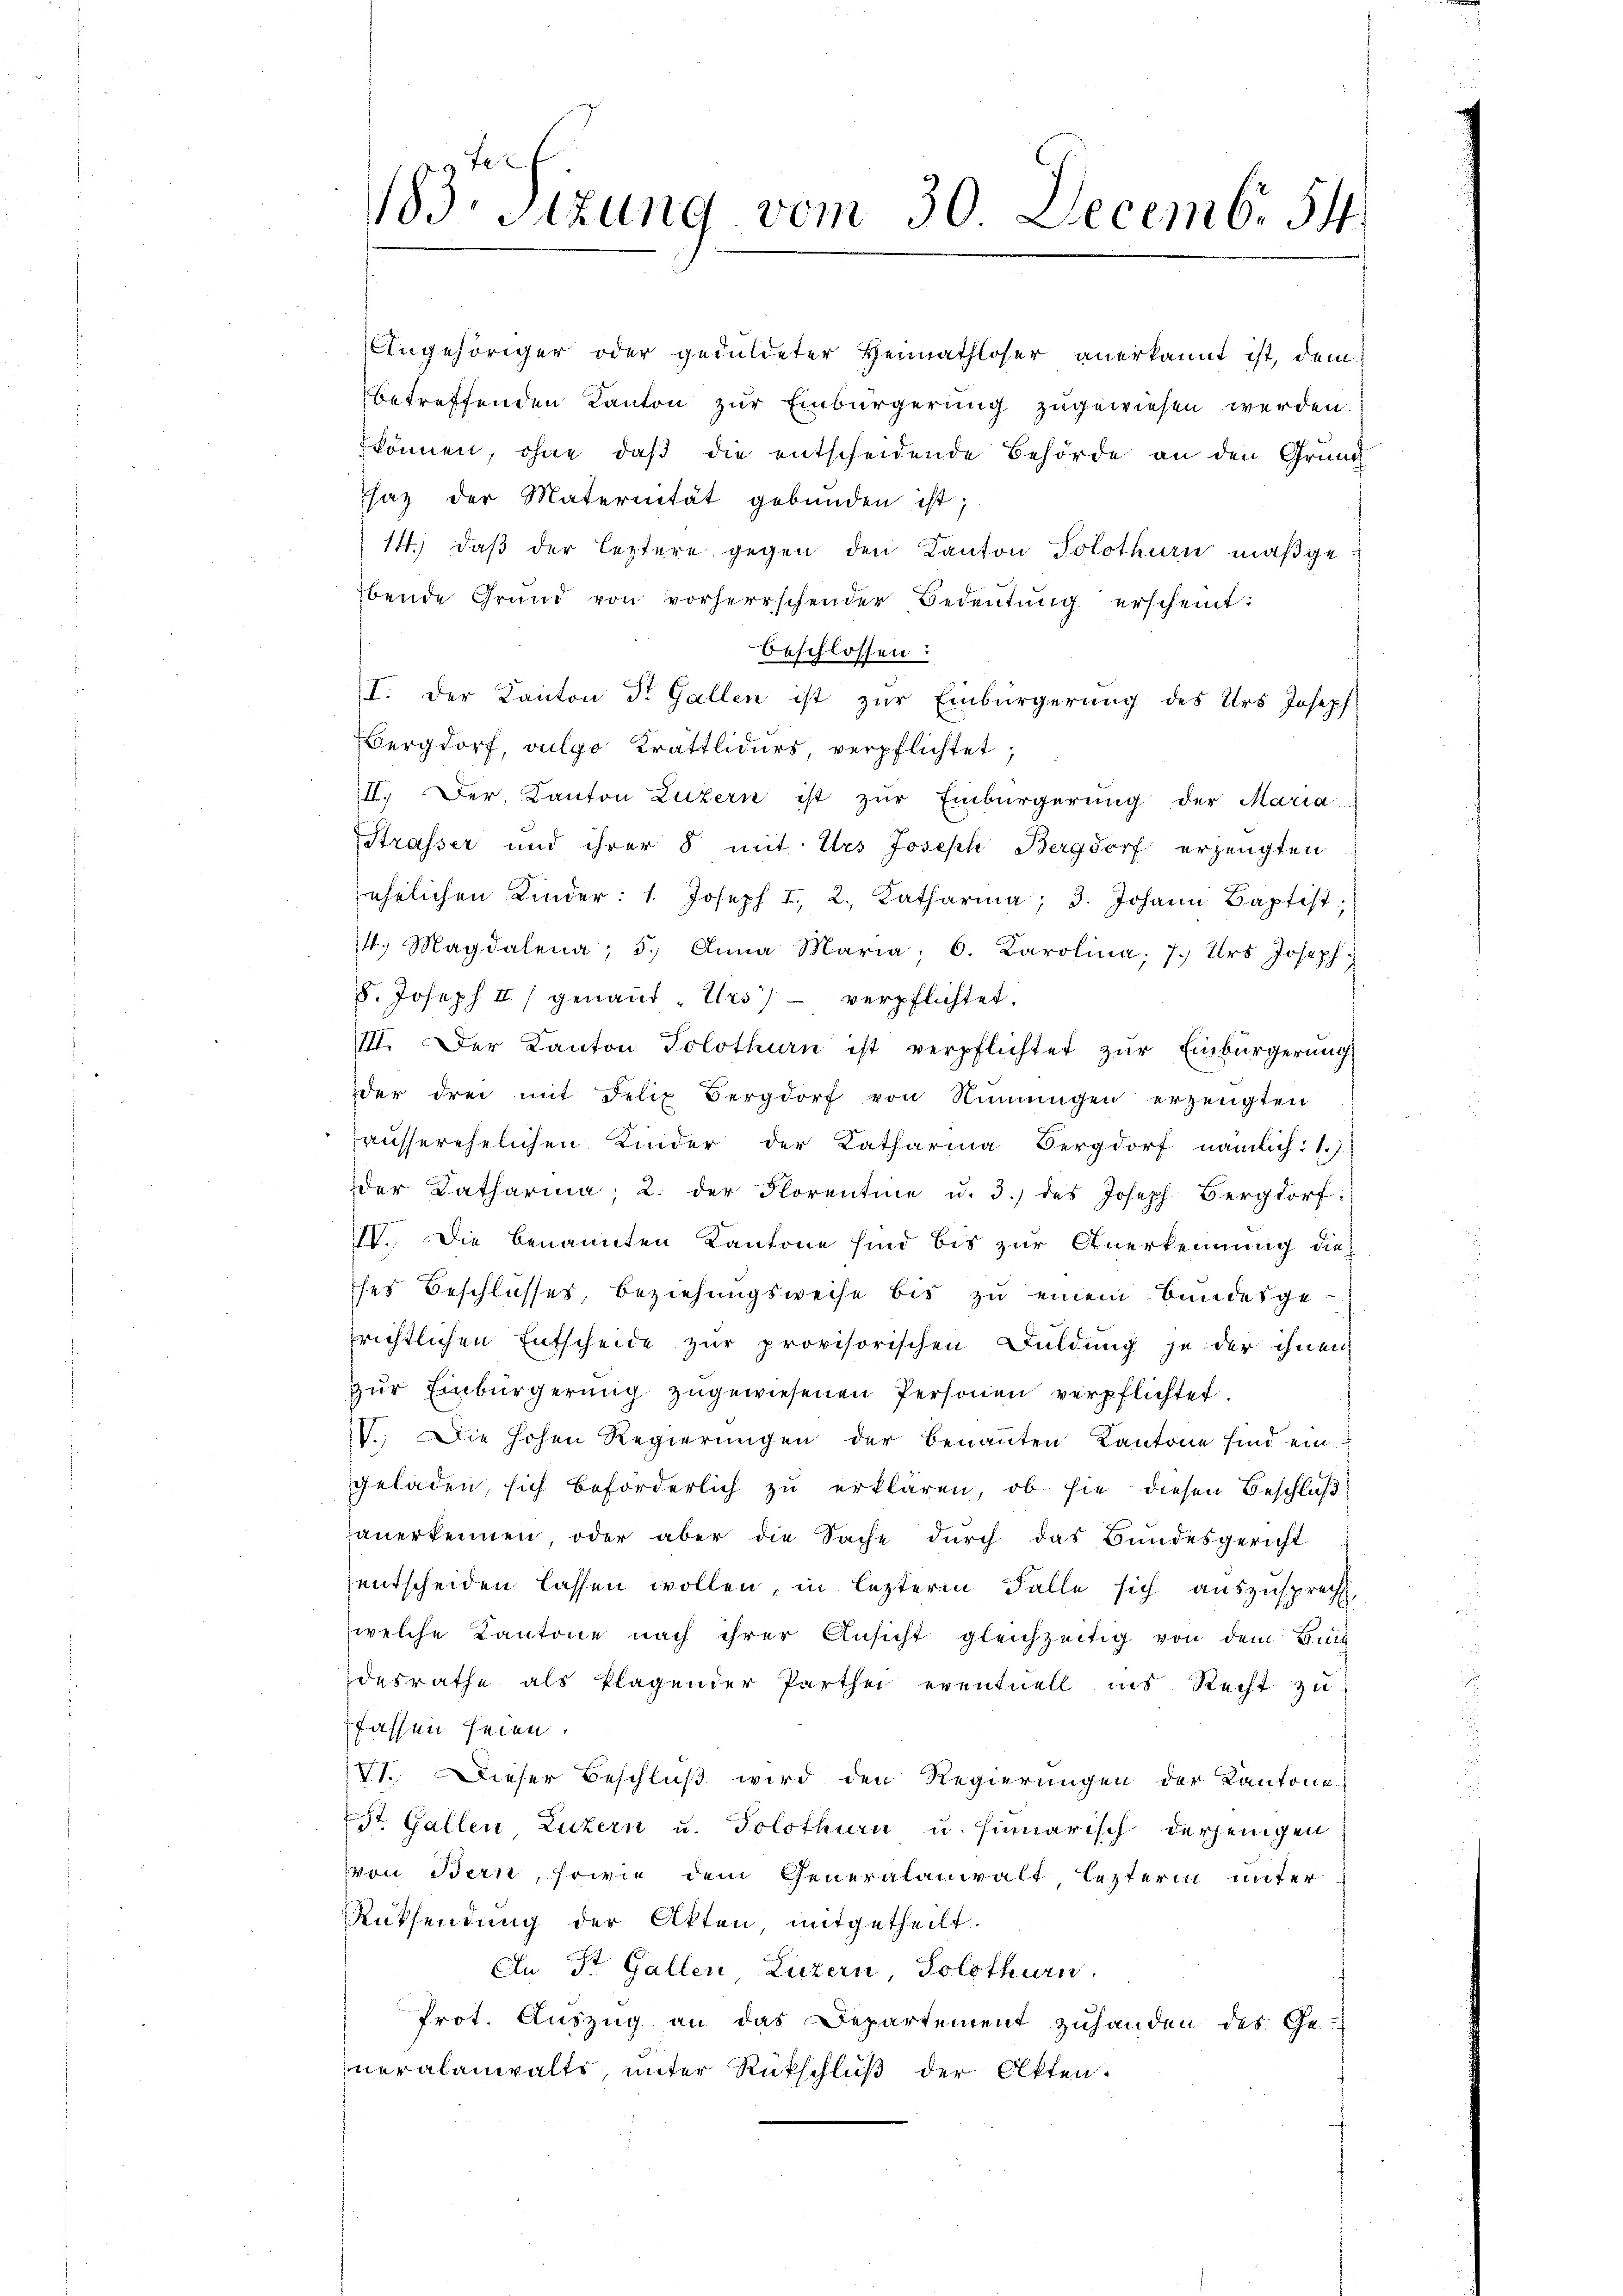
183. Sitzung vom 30. Decemb. 54.

Angehöriger oder geduldeter Heimathloser anerkannt ist, dem
betreffenden Kanton zur Einbürgerung zugewiesen werden.
können, ohne daß die entscheidende Behörde an den Grund
saz der Maternität gebunden ist;
14.) daß der leztere gegen den Kanton Solothurn maßge
bende Grund von vorherrschender Bedeŭtŭng erscheint:
beschlossen:
I. Der Kanton Dr. Gallen ist zur Einbürgerung des Urs Joseph
Bergdorf, vulgo Krattlidurs, verpflichtet;
III. Der Kanton Luzern ist zŭr Einbürgerung der Maria
Strasser und ihrer 8 mit Urs Joseph Bergdorf erzeugten
ehelichen Kinder: 1. Joseph I, 2. Katharina, 3. Johann Baptist,
4. Magdalena, 5. Anna Maria, 6. Karolina: 7. Urs Joseph.
8. Joseph II genant. Urs) verpflichtet.
III. Der Kanton Solothurn ist verpflichtet zŭr Einbürgerŭng
der drei mit Felix Bergdorf von Ninŭngen erzeugten
ausserehelichen Kinder der Katharina Bergdorf nämlich: 1.)
der Katharina, 2. der Florentine u. 3.) des Joseph Bergdorf:
IV. Die benannten Kantone sind bis zur Anerkennung die
ses Beschlusses, beziehungsweise bis zu einem Bundesgesrichtlichen Entscheide zur provisorischen Fuldung je der ihnen
Zur Einbürgerung zugewiesenen Personen verpflichtet
V. Die hohen Regierŭngen der benaṅten Kantone sind ein:
geladen, sich beförderlich zu erklären, ob sie diesen Beschluß
anerkennen oder aber die Sache durch das Bundesgericht
entscheiden lassen wollen, in lezterm Falle sich auszusprecht,
welche Kantone nach ihrer Ansicht gleichzeitig von dem Buch
desrathe als klagender Parthei eventuell ins Recht zu
fassen seien.
VI. Dieser Beschluß wird den Regierungen der Kantone
St. Gallen Luzern u. Solothurn u. hinnarisch derjenigen
von Bern, sowie dem Generalanwalt lezterm unter
Rücksendung der Akten mitgetheilt.
En Dr. Gallen, Luzern, Solothurn.
Prot. Auszug an das Departement zuhanden des Ge-
neralanwalts, unter Rückschluß der Akten.